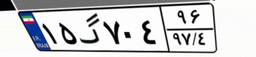
۱۵گ۷۰۴۹۶